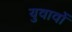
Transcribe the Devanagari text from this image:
युवावों